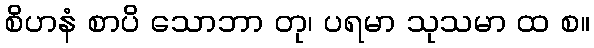
စိဟနံ စာပိ သောဘာ တု၊ ပရမာ သုသမာ ထ စ။